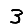
Digit: 3